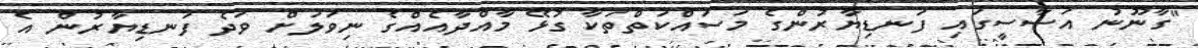
"ގާނޫނު އަސާސީގައި ފަނޑިޔާރުންގެ މަސައްކަތްތަކާ ގުޅޭ މާއްދާއެއްގެ ނިވަލަށް ވަދެ ފަނޑިޔާރުން އެ